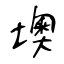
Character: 墺